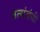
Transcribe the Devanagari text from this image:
तत्संबंधीं